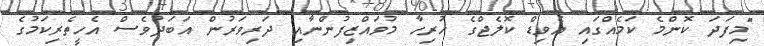
"މިފަދަ ކޮންމެ ކަމެއްގައި އެވިޑް ކޮލެޖްގެ ހުރިހާ މުވައްޒިފުންނާއި ދަރިވަރުން އަބަދުވެސް އެހީތެރިކަމުގެ